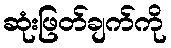
ဆုံးဖြတ်ချက်ကို